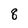
Character: 8